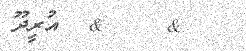
&    &  އުރީދޫ